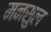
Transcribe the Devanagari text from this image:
मनसुल